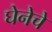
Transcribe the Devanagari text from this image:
घेनेचे